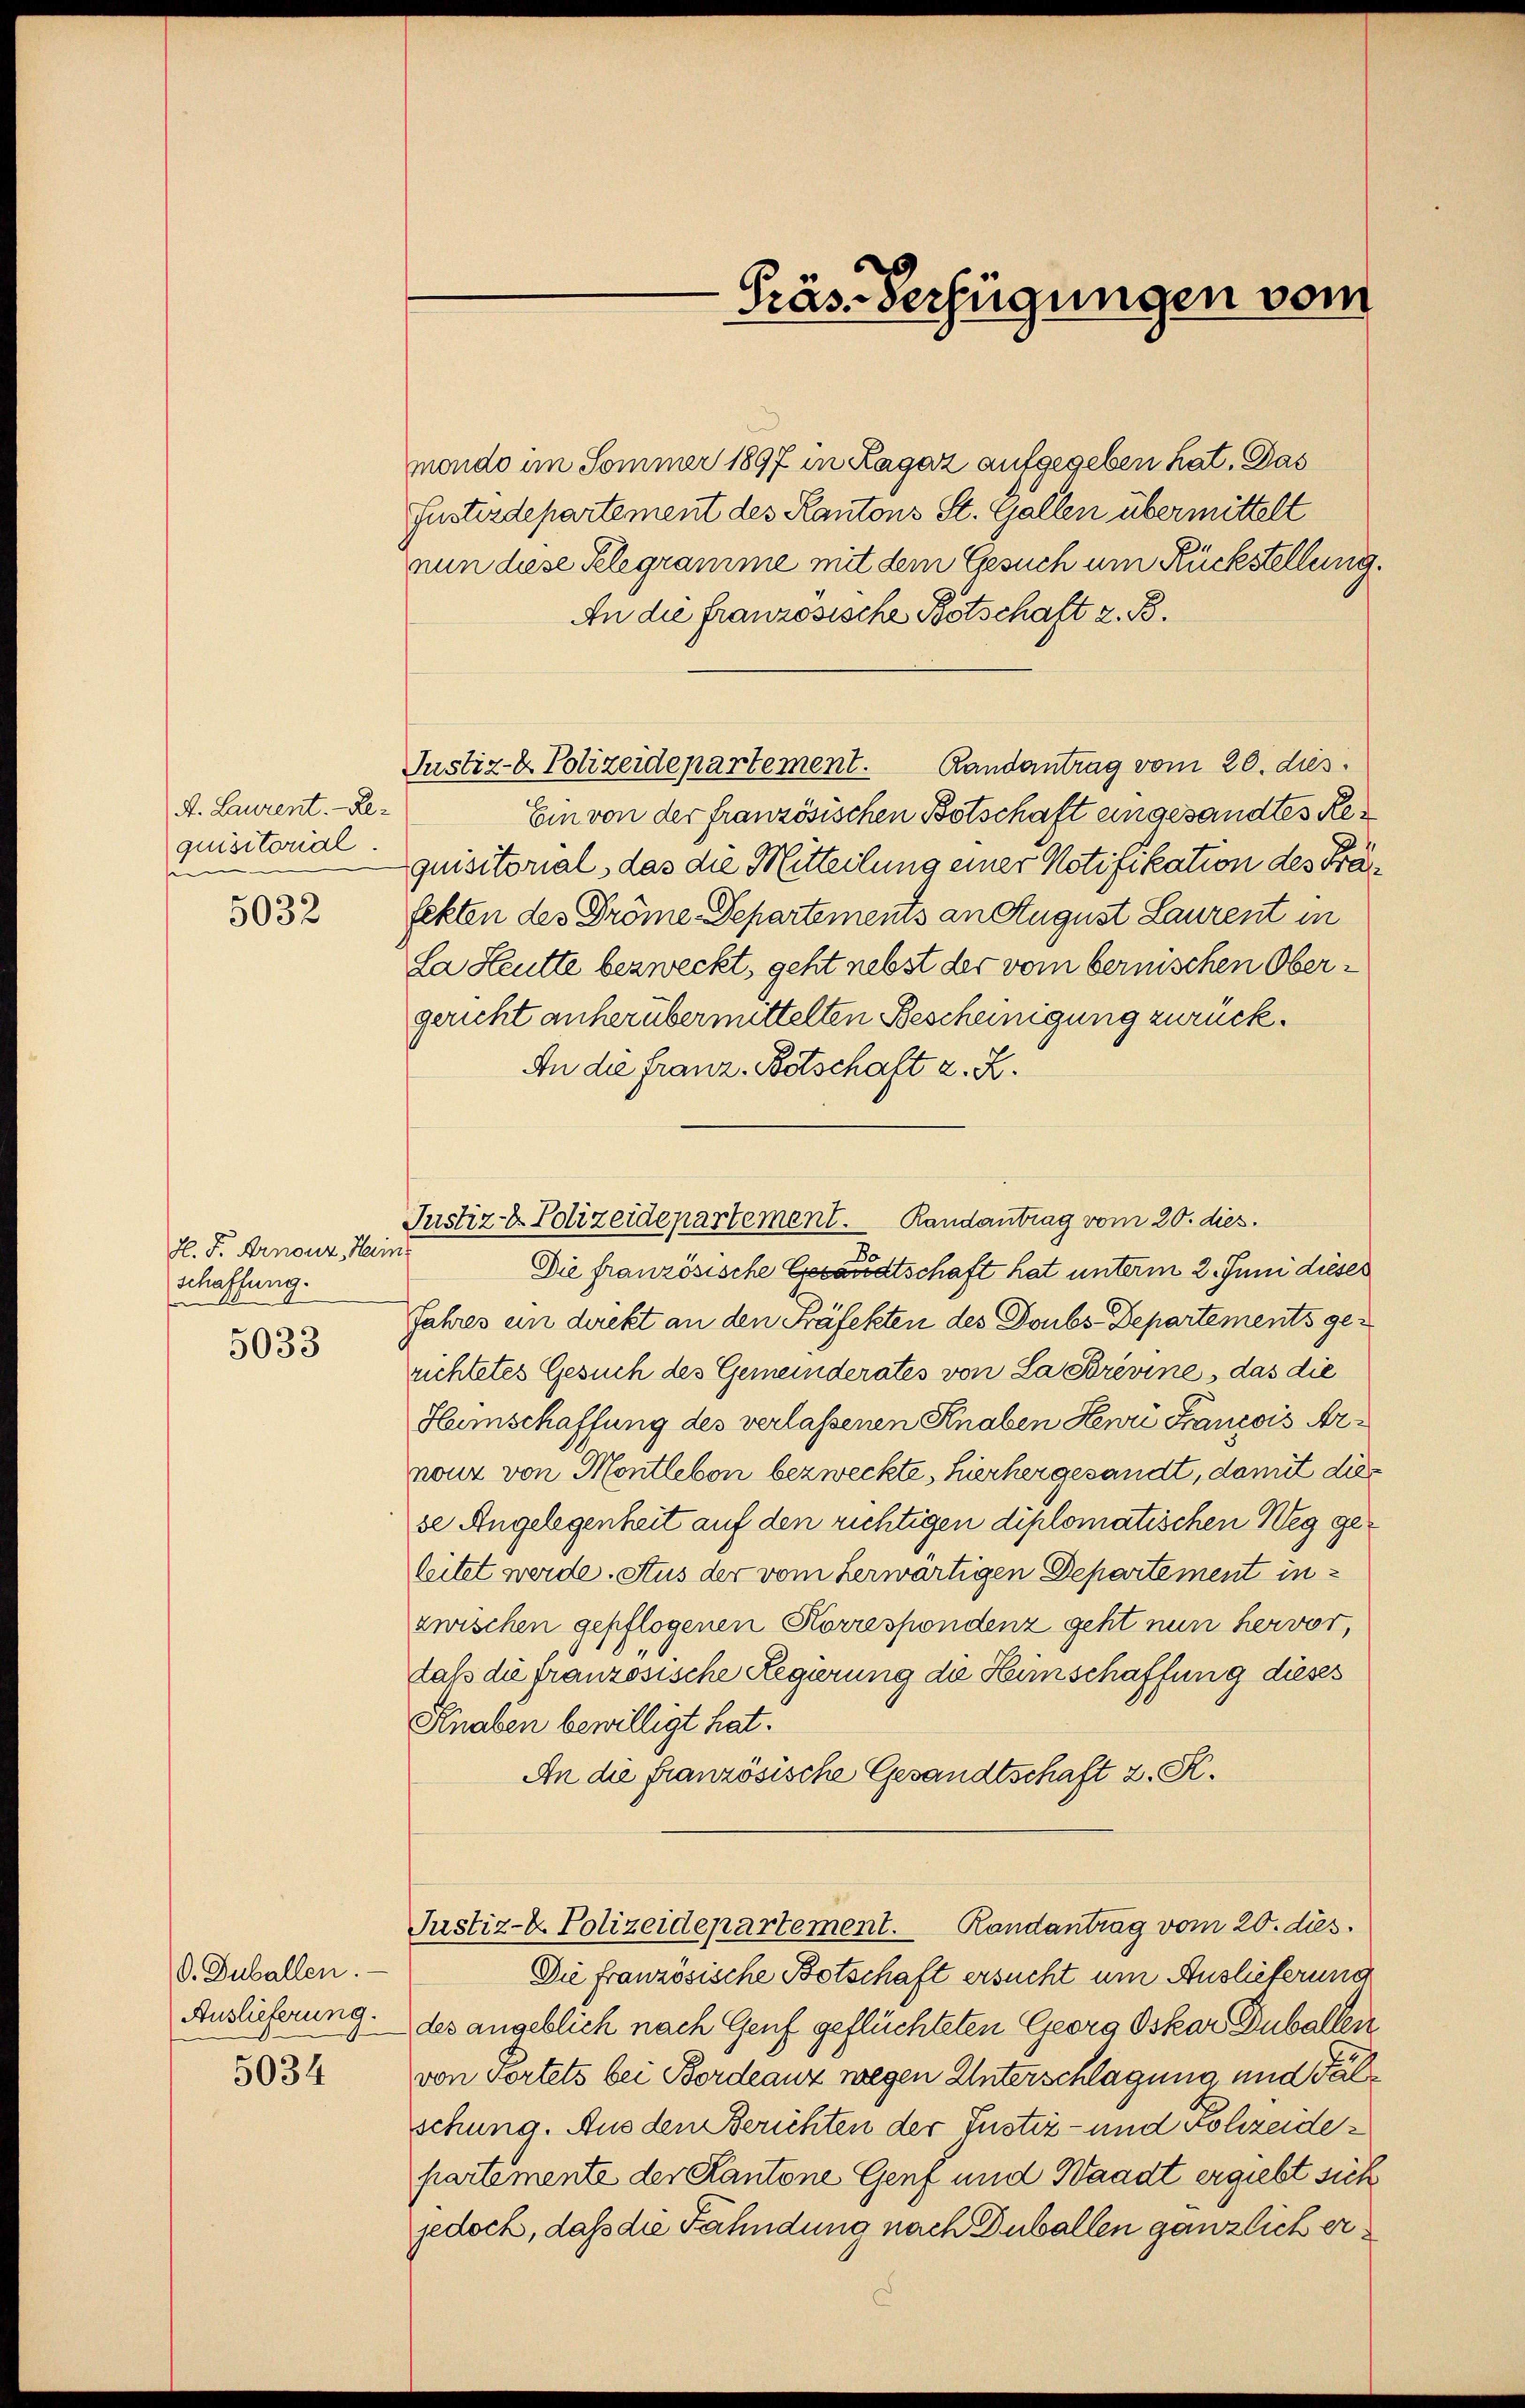
A. Laurent. - Requisitorial.
5032

H. F. Arnonz, Hein
schaffung.

5033

O. Duballen.
Auslieferung.
5034

mende im Sommer 1897 in Ragaz aufgegeben hat. Das
Justizdepartement des Kantons St. Gallen übermittelt
nun diese Telegramme mit dem Gesuch um Rückstellung.
An die französische Botschaft z. B.
Ein von der französischen Botschaft eingesandtes Requisitorial, das die Mitteilung einer Notifikation des Freifekten des Pröme Departements an August Laurent in
La Heutte bezweckt, geht nebst der vom bernischen Obergericht anherübermittelten Bescheinigung zurück¬
An die Franz Botschaft z. Z.
Die französische Gesandtschaft hat unterm 2. Juni dieser
Jahres ein direkt an den Präfekten des Doubs-Departements gerichtetes Gesuch des Gemeinderates von La Brevine, das die
Hamschaffung des verlassenen Knaben Henri Francois Arnouz von Montleben bezweckte, hierher gesandt, damit dies
se Angelegenheit auf den richtigen diplomatischen Weg geleitet werde. Stus der vom herwärtigen Departement inzwischen gepflogenen Korrespondenz geht nun hervor,
daß die französische Regierung die Heimschaffung dieses
Knaben bewilligt hat.
An die französische Gesandtschaft z. R.
Justiz- & Polizeidepartement. Randantrag vom 20. ds.
Die französische Betschaft ersucht um Auslieferung
des angeblich nach Genf geflüchteten Georg Oskar Duballen
von Portets bei Bordeauz wegen Unterschlagung und da
schung. Aus den Berichten der Justiz- und Rohzeidepartemente der Kantone Genf und Waadt ergiebt sich
jedoch, daß die Fahndung nach Duballen gänzlich er¬

Justiz- & Polizeidepartement. Randantrag vom 20. dies

Präs. Verfügungen vom

Justiz- & Polizeidepartement. Randantrag vom 20. dies.